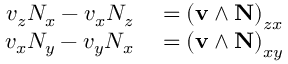
\begin{array} { r l } { v _ { z } N _ { x } - v _ { x } N _ { z } } & { { } = \left( \mathbf { v } \wedge \mathbf { N } \right) _ { z x } } \\ { v _ { x } N _ { y } - v _ { y } N _ { x } } & { { } = \left( \mathbf { v } \wedge \mathbf { N } \right) _ { x y } } \end{array}